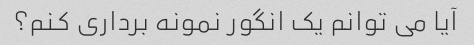
آیا می توانم یک انگور نمونه برداری کنم؟